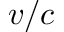
v / c